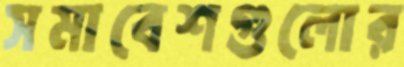
সমাবেশগুলোর